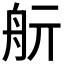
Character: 𦨘